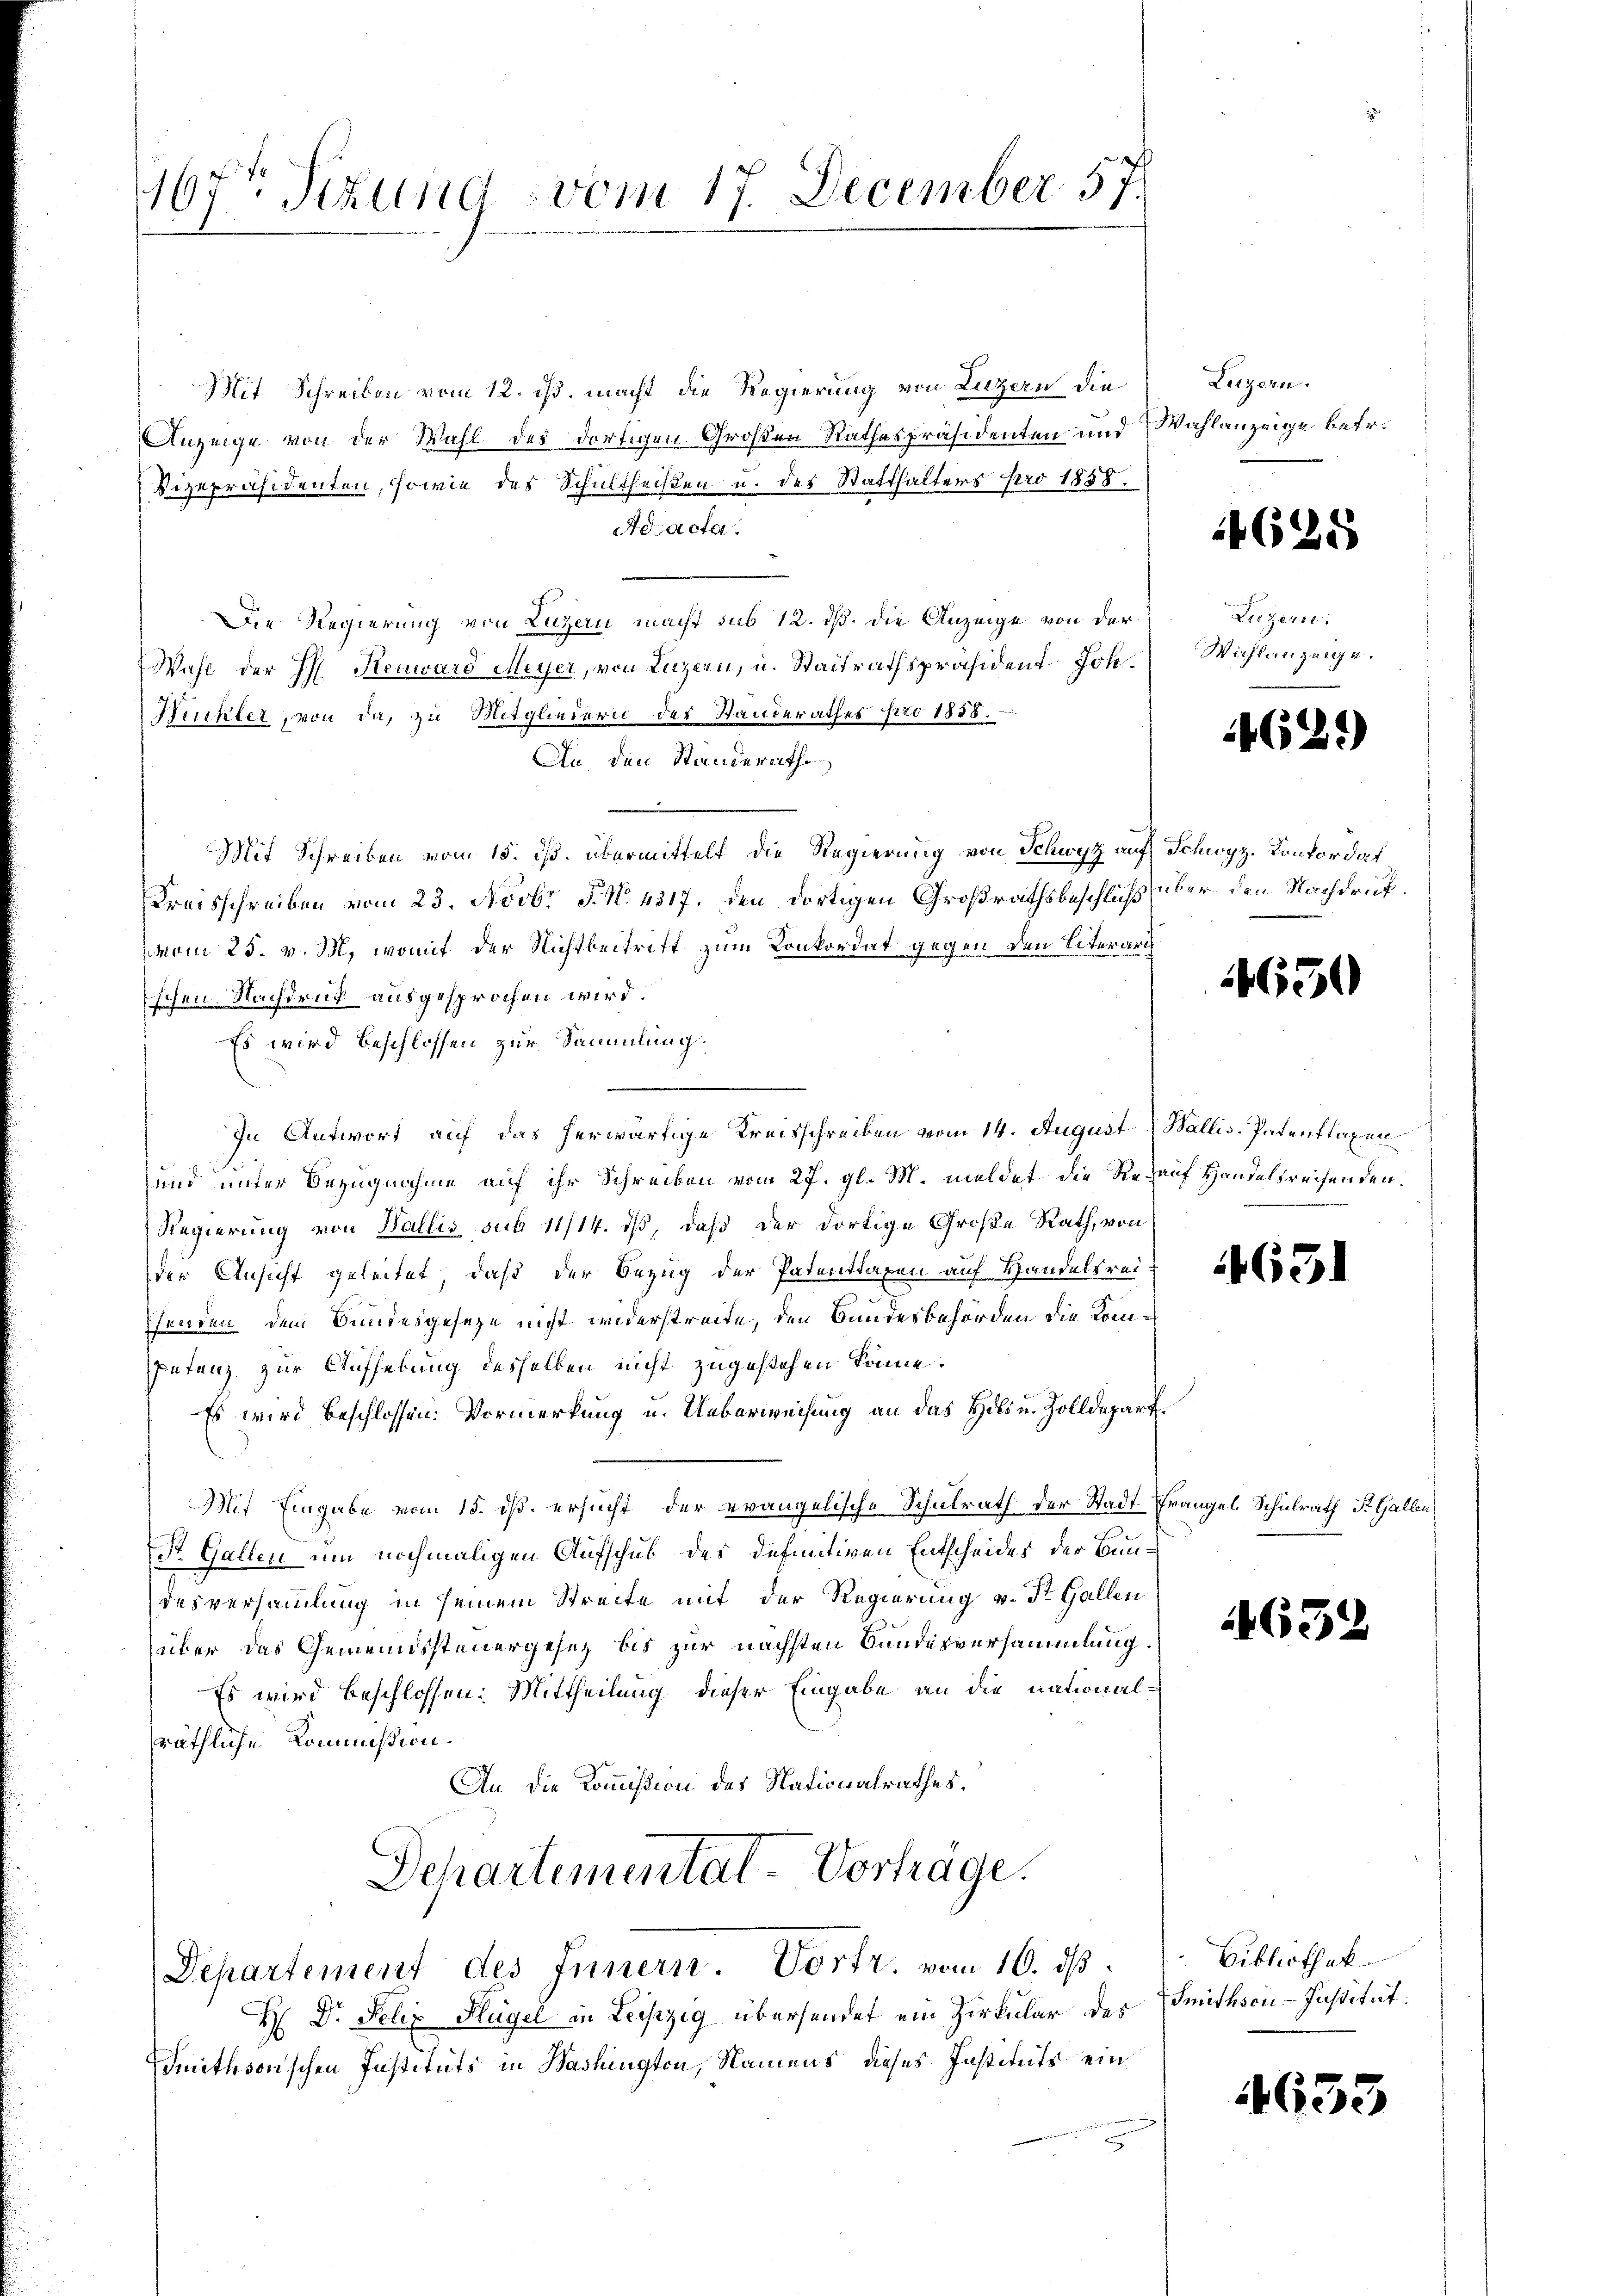
167t Sizung vom 17. December 57.

Mit Schreiben vom 12. ist. macht die Regierung von Luzern die
Anzeige von der Wahl des dortigen Großen Rathespräsidenten und Wahlanzeige betr.
Vizepräsidenten, sowie das Schultheißen u. des Statthalters pro 1858.
Ad acta.
Die Regierung von Luzern macht sub 12. ds. die Anzeige von der
Wahl der H. Renward Meyer, von Luzern, u. Stadtrathspräsident Joh.
Huckler, von da, zu Mitgliedern der Standerathes pro 1858.
An, den Standerathe
Mit Schreiben vom 15. ds. übermittelt die Regierung von Schwyz auf Schwyz, Konkordat
Kreisschreiben vom 23. Novbr. P. N. 4317. den dortigen Großrathsbeschluß über den Nachdrückvom 25. v. M., womit der Nichtbeitritt zum Konkordat gegen den Eiterart
Eschen. Nachdenk ausgesprochen wird.
Es wird beschlossen zur Sammlung.
In Antwort auf das herwärtige Kreisschreiben vom 14. August Wallis. Patenftaxen
und unter Bezugnahme auf ihr Schreiben vom 27. gl. M. meldet die Resauf Handelsreisenden.
Regierung von Wallis sub 11/14. iß, daß der dortige Große Rath, von
der Ansicht geleitet, daß der Bezug der Patentragen auf Handelsrei-
henden dem Bundesgesetze nicht widerstreite, den Bundesbehörden die Komspetenz zur Aufhebung desselben nicht zugestehen könne.
Es wird beschlossen: Vormerkung u. Ueberweisung an das Holz u. Zolldepart
Mit Eingabe vom 15. ds. ersucht der evangelische Schulrath der Stadt Frangel, Schulrath St. Gallen
St. Gallen um nochmaligen Aufschub des Definitiven Entscheides der Bundesversammlung in seinem Streite mit der Regierung v. St. Gallen
über das Gemeindssteuergesez bis zur nächsten Bundesversammlung.
Es wird beschlossen: Mittheilung dieser Eingabe an die national-
räthliche Kommißion.
An die Kommißion des Nationalrathes.
Schartemental-Vorträge.
Departement des Innern. Vortr. vom 10. ds.
H Dr. Felix Flügel in Leiszig übersendet ein Zirkular des Smithson-Institut.
imithsonischen Instituts in Washington, Namens dieses Instituts ein

Litzern.

4628

Leegerse
Wichlanzeige.

4629)

4650

4651

163.

Bibliothek

4653